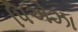
પિએઝા